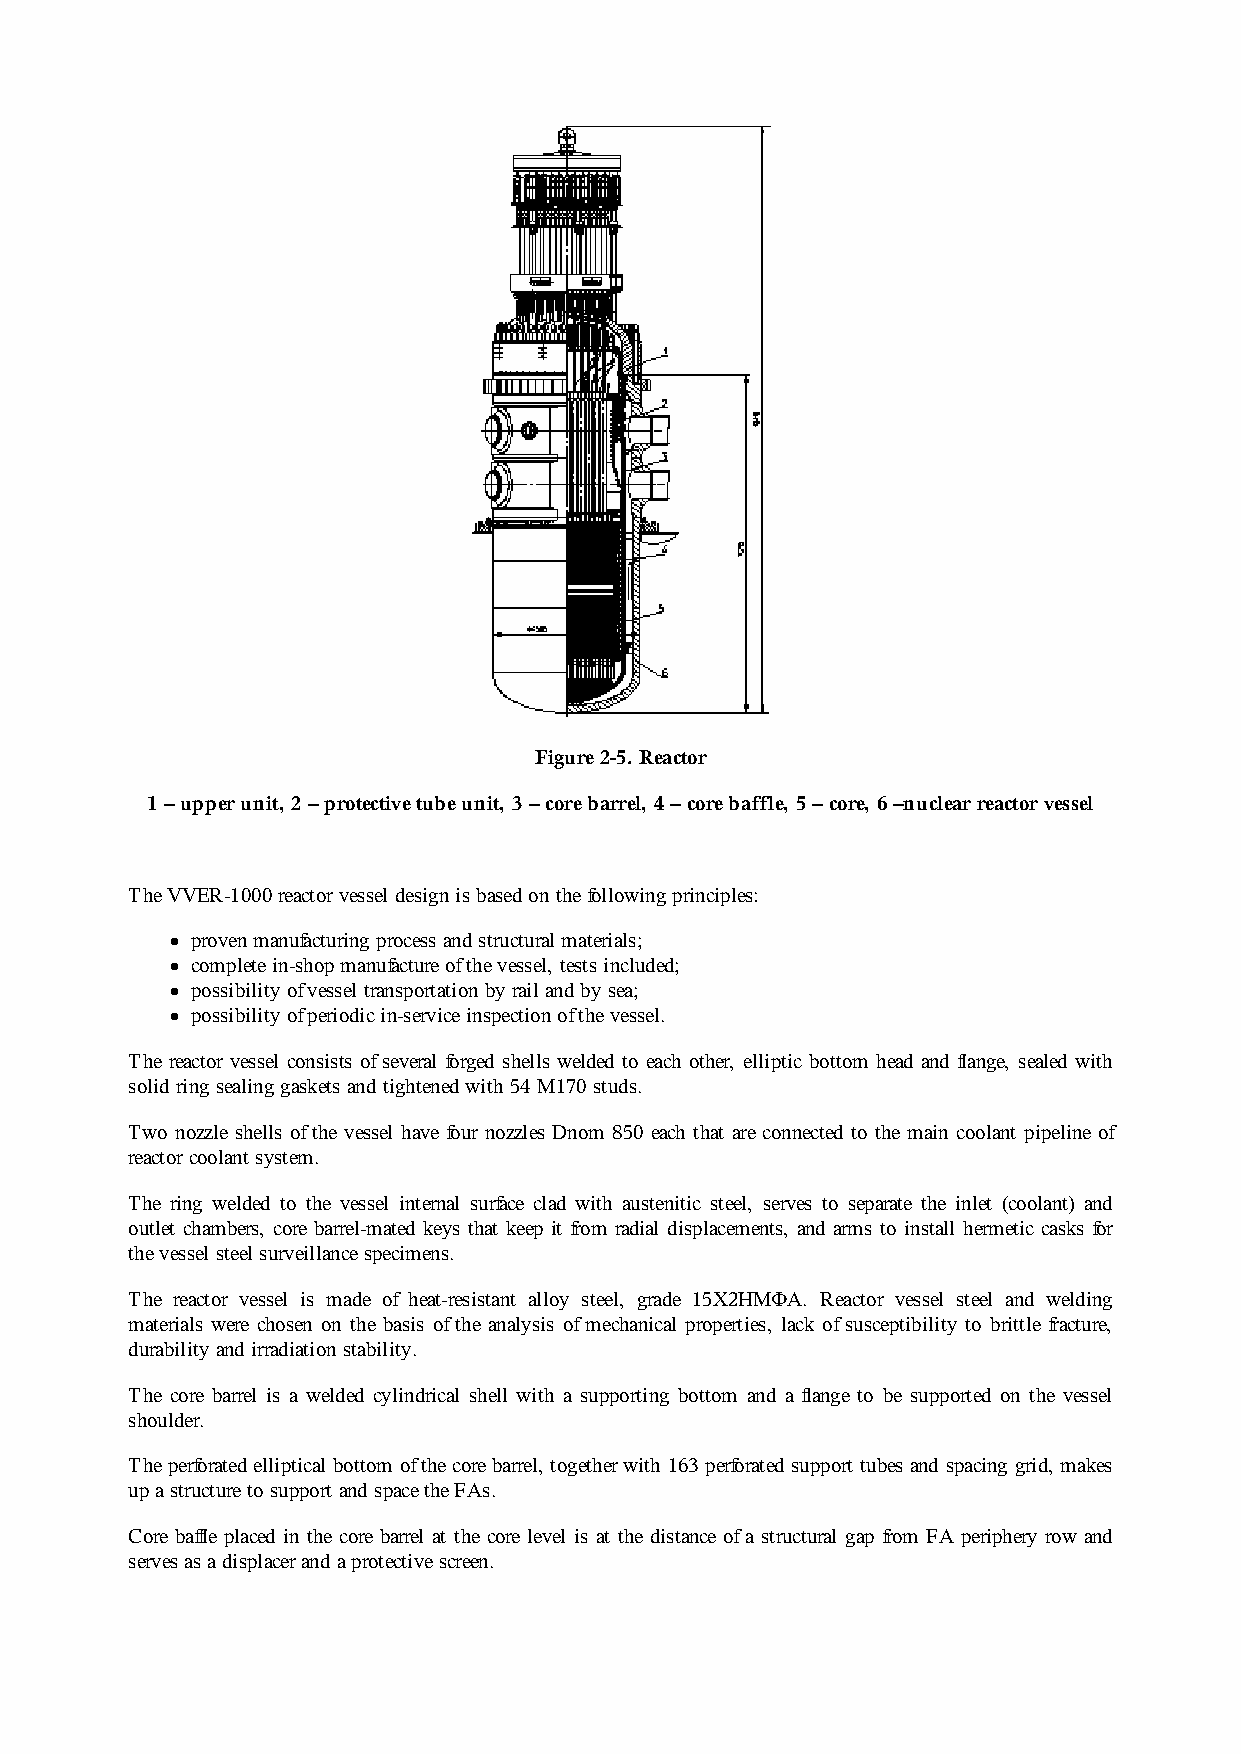
Figure 2-5. Reactor
 1 – upper unit, 2 – protective tube unit, 3 – core barrel, 4 – core baffle, 5 – core, 6 –nuclear reactor vessel
 The VVER-1000 reactor vessel design is based on the following principles:
 proven manufacturing process and structural materials;
 complete in-shop manufacture of the vessel, tests included;
 possibility of vessel transportation by rail and by sea;
 possibility of periodic in-service inspection of the vessel.
 The reactor vessel consists of several forged shells welded to each other, elliptic bottom head and flange, sealed with
 solid ring sealing gaskets and tightened with 54 M170 studs.
 Two nozzle shells of the vessel have four nozzles Dnom 850 each that are connected to the main coolant pipeline of
 reactor coolant system.
 The ring welded to the vessel internal surface clad with austenitic steel, serves to separate the inlet (coolant) and
 outlet chambers, core barrel-mated keys that keep it from radial displacements, and arms to install hermetic casks for
 the vessel steel surveillance specimens.
 The reactor vessel is made of heat-resistant alloy steel, grade 15Х2НМФА. Reactor vessel steel and welding
 materials were chosen on the basis of the analysis of mechanical properties, lack of susceptibility to brittle fracture,
 durability and irradiation stability.
 The core barrel is a welded cylindrical shell with a supporting bottom and a flange to be supported on the vessel
 shoulder.
 The perforated elliptical bottom of the core barrel, together with 163 perforated support tubes and spacing grid, makes
 up a structure to support and space the FAs.
 Core baffle placed in the core barrel at the core level is at the distance of a structural gap from FA periphery row and
 serves as a displacer and a protective screen.